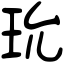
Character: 玧